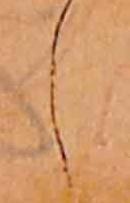
し